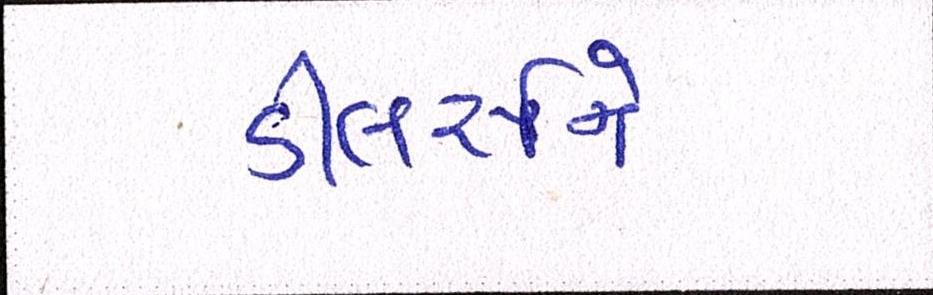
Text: ડીલર્સને